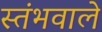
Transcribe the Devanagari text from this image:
स्तंभवाले